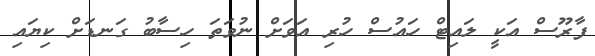
ފާރޫސް އަކީ ލައިޓް ހައުސް ހުރި އަވަށް ނުވަތަ ހިސާބު ގަނޑަށް ކިޔައި